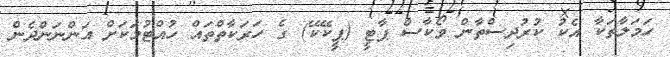
ހަމަލާތަކާ އެކު ކުރުދިސްތާން ވޯކާސް ޕާޓީ (ޕީކޭކޭ) ގެ ހަރަކާތްތައް ހުއްޓުމަކަށް އަންނަންދެން